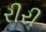
રીરી